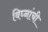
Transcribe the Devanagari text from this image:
विघ्नांची